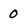
Character: 0